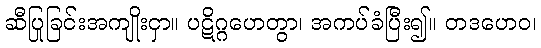
ဆီပြုခြင်းအကျိုးငှာ။ ပဋိဂ္ဂဟေတွာ၊ အကပ်ခံပြီး၍။ တဒဟေဝ၊